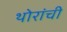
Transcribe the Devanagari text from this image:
थोरांची